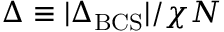
\Delta \equiv | \Delta _ { \mathrm { B C S } } | / \chi N